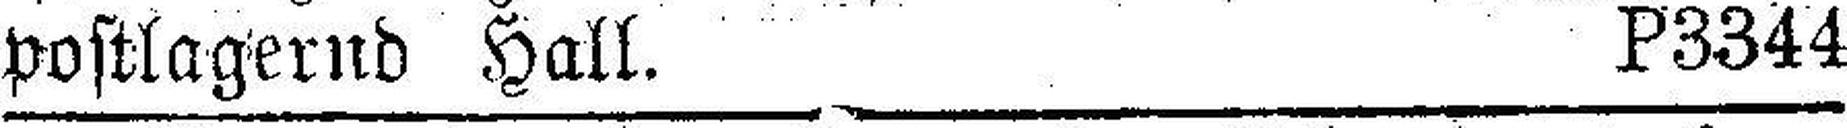
postlagernd Hall. P3344